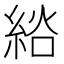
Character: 𦀭